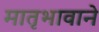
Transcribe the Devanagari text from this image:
मातृभावाने